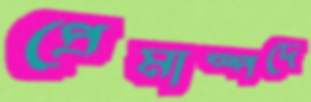
প্রেমাস্পদে